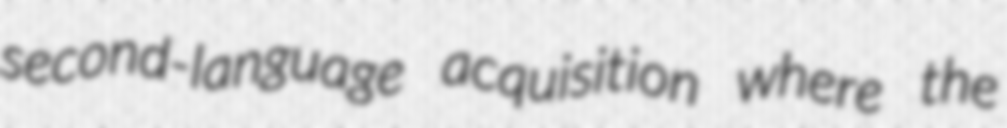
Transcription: second-language acquisition where the